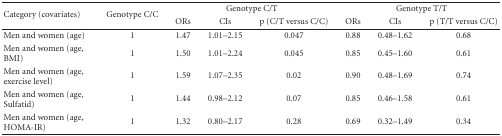
<table><thead><tr><td rowspan="2"><b>Category (covariates)</b></td><td rowspan="2"><b>Genotype C/C</b></td><td colspan="3"><b>Genotype C/T</b></td><td colspan="3"><b>Genotype T/T</b></td></tr><tr><td><b>ORs</b></td><td><b>CIs</b></td><td><b>p (C/T versus C/C)</b></td><td><b>ORs</b></td><td><b>CIs</b></td><td><b>p (T/T versus C/C)</b></td></tr></thead><tbody><tr><td>Men and women (age)</td><td>1</td><td>1.47</td><td>1.01–2.15</td><td>0.047</td><td>0.88</td><td>0.48–1.62</td><td>0.68</td></tr><tr><td>Men and women (age, BMI)</td><td>1</td><td>1.50</td><td>1.01–2.24</td><td>0.045</td><td>0.85</td><td>0.45–1.60</td><td>0.61</td></tr><tr><td>Men and women (age, exercise level)</td><td>1</td><td>1.59</td><td>1.07–2.35</td><td>0.02</td><td>0.90</td><td>0.48–1.69</td><td>0.74</td></tr><tr><td>Men and women (age, Sulfatid)</td><td>1</td><td>1.44</td><td>0.98–2.12</td><td>0.07</td><td>0.85</td><td>0.46–1.58</td><td>0.61</td></tr><tr><td>Men and women (age, HOMA-IR)</td><td>1</td><td>1.32</td><td>0.80–2.17</td><td>0.28</td><td>0.69</td><td>0.32–1.49</td><td>0.34</td></tr></tbody></table>